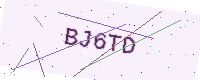
Text: BJ6TD